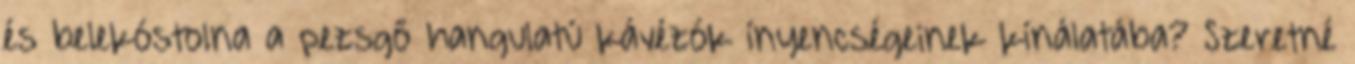
és belekóstolna a pezsgő hangulatú kávézók ínyencségeinek kínálatába? Szeretné